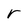
Character: r